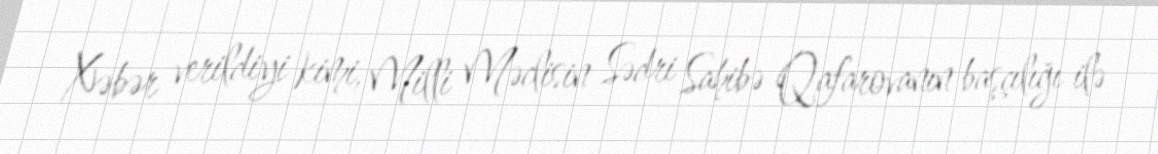
Xəbər verildiyi kimi, Milli Məclisin Sədri Sahibə Qafarovanın başçılığı ilə